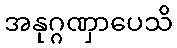
အနုဂ္ဂဏှာပေသိ